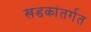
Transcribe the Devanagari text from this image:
खडकांतर्गत